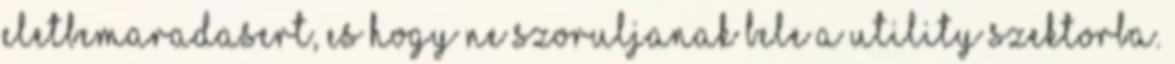
eletbemaradasert, es hogy ne szoruljanak bele a utility szektorba.